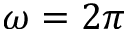
\omega = 2 \pi